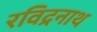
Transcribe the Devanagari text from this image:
रविद्रनाथ